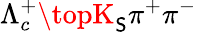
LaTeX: \Lambda_{c}^{+}\topK_{\mathsf{S}}\pi^{+}\pi^{-}